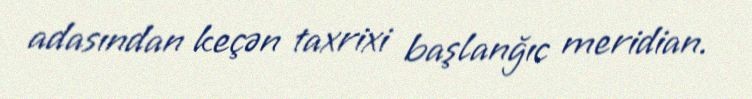
adasından keçən taxrixi başlanğıc meridian.